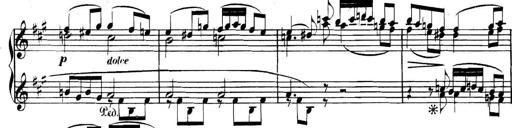
Title: Collected Piano Sonatas
Composer: Muzio Clementi